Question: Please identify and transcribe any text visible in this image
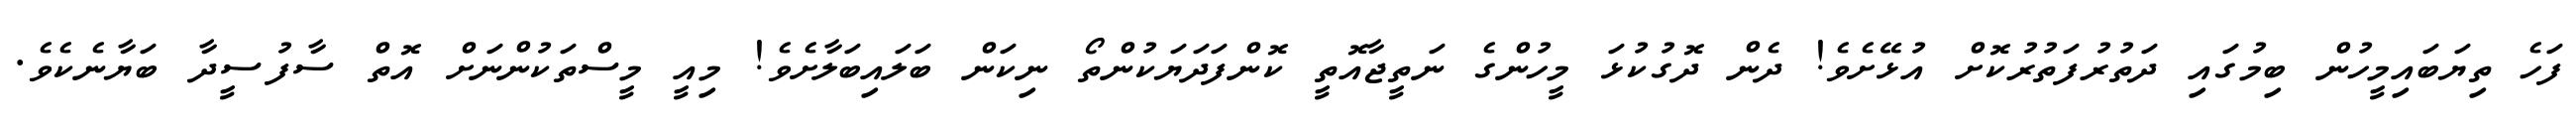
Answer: ފަހެ ތިޔަބައިމީހުން ބިމުގައި ދަތުރުފަތުރުކޮށް އުޅޭށެވެ! ދެން ދޮގުކުޅަ މީހުންގެ ނަތީޖާއޮތީ ކޮންފަދަޔަކުންތޯ ނިކަން ބަލައިބަލާށެވެ! މިއީ މީސްތަކުންނަށް އޮތް ސާފުސީދާ ބަޔާނެކެވެ.